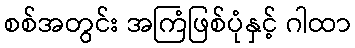
စစ်အတွင်း အကြံဖြစ်ပုံနှင့် ဂါထာ